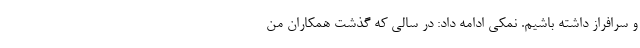
و سرافراز داشته باشیم. نمکی ادامه داد: در سالی که گذشت همکاران من